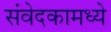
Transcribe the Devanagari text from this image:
संवेदकामध्ये